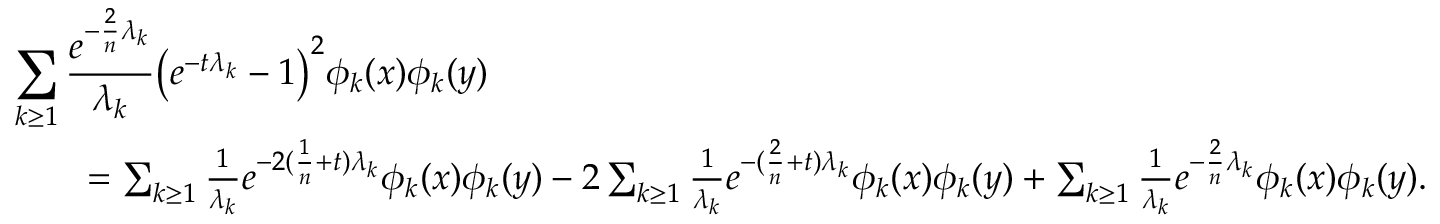
\begin{array} { r l } { \lefteqn { \sum _ { k \geq 1 } \frac { e ^ { - \frac { 2 } { n } \lambda _ { k } } } { \lambda _ { k } } \big ( e ^ { - t \lambda _ { k } } - 1 \big ) ^ { 2 } \phi _ { k } ( x ) \phi _ { k } ( y ) } } \\ & { \quad = \sum _ { k \geq 1 } \frac { 1 } { \lambda _ { k } } e ^ { - 2 ( \frac { 1 } { n } + t ) \lambda _ { k } } \phi _ { k } ( x ) \phi _ { k } ( y ) - 2 \sum _ { k \geq 1 } \frac { 1 } { \lambda _ { k } } e ^ { - ( \frac { 2 } { n } + t ) \lambda _ { k } } \phi _ { k } ( x ) \phi _ { k } ( y ) + \sum _ { k \geq 1 } \frac { 1 } { \lambda _ { k } } e ^ { - \frac { 2 } { n } \lambda _ { k } } \phi _ { k } ( x ) \phi _ { k } ( y ) . } \end{array}